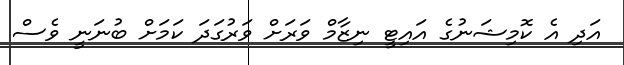
އަދި އެ ކޮމިޝަނުގެ އައިޓީ ނިޒާމް ވަރަށް ވަރުގަދަ ކަމަށް ބުނަނީ ވެސް